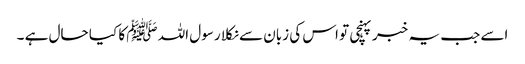
اسے جب یہ خبر پہنچی تو اس کی زبان سے نکلا رسول اللہ ﷺ کا کیا حال ہے ۔